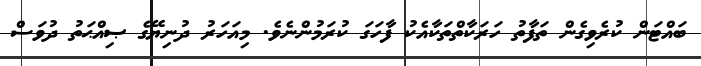
ބައްޓަން ކުރެވިގެން ތަފާތު ހަރަކާތްތަކާއެކު ފާހަގަ ކުރަމުންނެވެ. މިއަހަރު ދުނިޔޭގެ ޞިއްޙަތު ދުވަސް